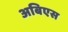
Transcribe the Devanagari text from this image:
अबिएस